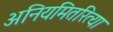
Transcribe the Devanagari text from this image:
अनियमितरित्या